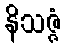
နိသဇ္ဇံ